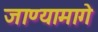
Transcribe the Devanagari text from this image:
जाण्यामागे